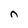
Character: n